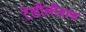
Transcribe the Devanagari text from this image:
टेलीलीग्राफ